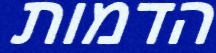
הדמות